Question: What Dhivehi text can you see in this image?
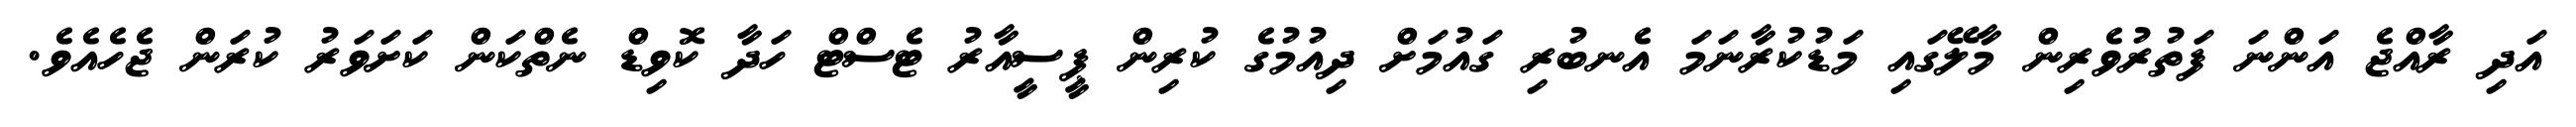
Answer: އަދި ރާއްޖެ އަންނަ ފަތުރުވެރިން މާލޭގައި މަޑުކުރާނަމަ އެނބުރި ގައުމަށް ދިއުމުގެ ކުރިން ޕީސީއާރު ޓެސްޓް ހަދާ ކޮވިޑް ނެތްކަން ކަށަވަރު ކުރަން ޖެހެއެވެ.